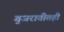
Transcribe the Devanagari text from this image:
गुजरातीतही